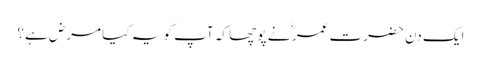
ایک دن حضرت عمر ؓ نے پو چھا کہ آپ کو یہ کیا مرض ہے؟